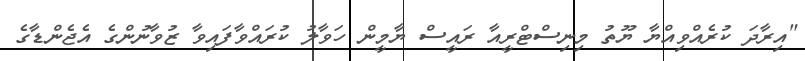
"އިރާދަ ކުރެއްވިއްޔާ ޔޫތު މިނިސްޓްރީއާ ރައީސް ޔާމީން ހަވާލު ކުރައްވާފައިވާ ޒުވާނުންގެ އެޖެންޑާގެ